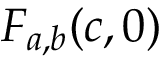
F _ { a , b } ( c , 0 )